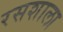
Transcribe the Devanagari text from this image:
रसशाला